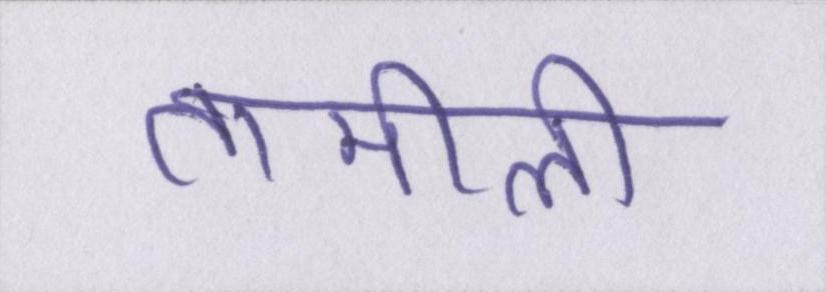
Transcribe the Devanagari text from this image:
तामीली